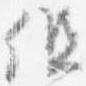
但